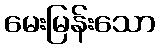
မေးမြန်းသော